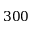
3 0 0